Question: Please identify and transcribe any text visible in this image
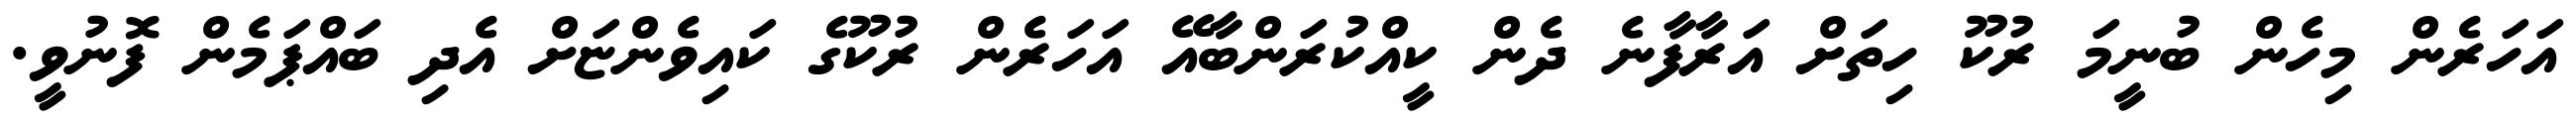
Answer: އަހަރެން މިހެން ބުނީމަ ރުކޫ ހިތަށް އަރާފާނެ ދެން ކީއްކުރަންބާއޭ އަހަރެން ރުކޫގެ ކައިވެންޏަށް އެދި ބައްޕަމެން ފޮނުވީ.